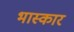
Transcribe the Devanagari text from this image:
भास्कार